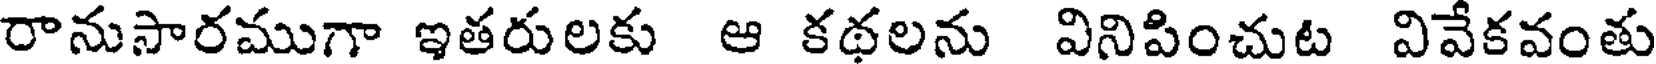
రానుసారముగా ఇతరులకు ఆ కథలను వినిపించుట వివేకవంతు